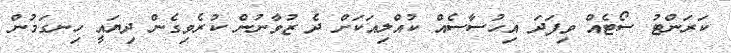
ކަރަންޓު ސޯޓެއް ވިފަދަ އިހުސާސެއް ކުއްލިއަކަށް ދެ ޒުވާނުން ކުރެވިގެން ދިޔައީ ހިނގަމުން